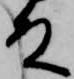
殿